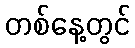
တစ်နေ့တွင်